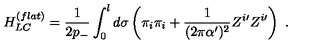
H _ { L C } ^ { ( f l a t ) } = \frac { 1 } { 2 p _ { - } } \int _ { 0 } ^ { l } d \sigma \left( \pi _ { i } \pi _ { i } + \frac { 1 } { ( 2 \pi \alpha ^ { \prime } ) ^ { 2 } } Z ^ { i \prime } Z ^ { i \prime } \right) \ .